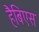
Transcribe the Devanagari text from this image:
हैबिएस